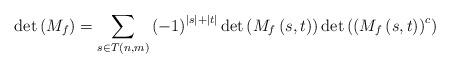
LaTeX: \begin{align*}\det\left( M_{f}\right) =\sum_{s\in T\left( n,m\right) }\left( -1\right)^{\left\vert s\right\vert +\left\vert t\right\vert }\det\left( M_{f}\left(s,t\right) \right) \det\left( \left( M_{f}\left( s,t\right) \right)^{c}\right) \end{align*}